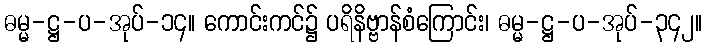
ဓမ္မ-ဋ္ဌ-ပ-အုပ်-၁၄။ ကောင်းကင်၌ ပရိနိဗ္ဗာန်စံကြောင်း၊ ဓမ္မ-ဋ္ဌ-ပ-အုပ်-၃၄၂။